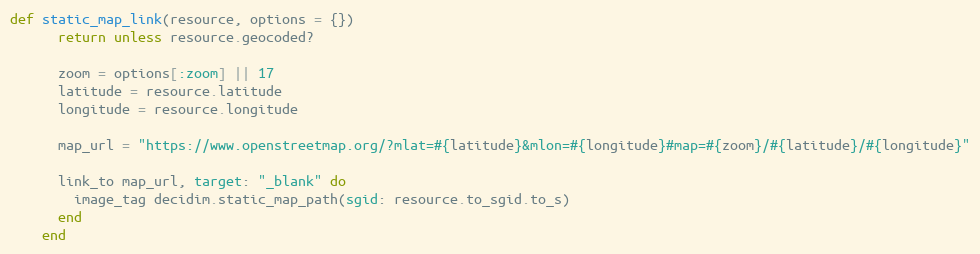
Language: Ruby
def static_map_link(resource, options = {})
      return unless resource.geocoded?

      zoom = options[:zoom] || 17
      latitude = resource.latitude
      longitude = resource.longitude

      map_url = "https://www.openstreetmap.org/?mlat=#{latitude}&mlon=#{longitude}#map=#{zoom}/#{latitude}/#{longitude}"

      link_to map_url, target: "_blank" do
        image_tag decidim.static_map_path(sgid: resource.to_sgid.to_s)
      end
    end